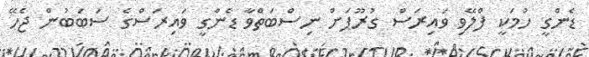
ޑެންގީ ހުމަކީ ފްލޭވި ވައިރަސް ގުރޫޕަށް ނިސްބަތްވާ ޑެންގީ ވައިރަސްގެ ސަބަބުން ޖެހޭ